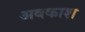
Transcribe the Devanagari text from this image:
अवकाश्‍ा